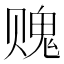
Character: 𰷨